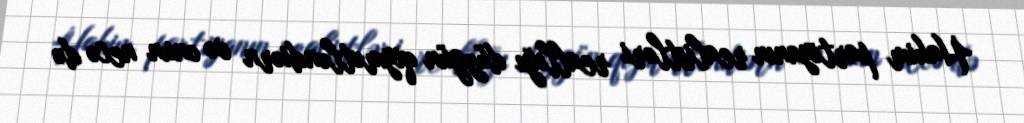
Hakim partiyanın realistləri reallığı düzgün qiymətləndiərn və onun necə də